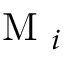
\textrm { M } _ { i }